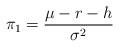
LaTeX: \begin{align*}\pi_1=\frac{\mu-r-h}{\sigma^2}\end{align*}